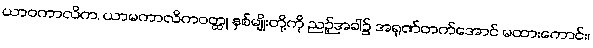
ယာဝကာလိက, ယာမကာလိကဝတ္ထု နှစ်မျိုးတို့ကို ညဉ့်အခါ၌ အရုဏ်တက်အောင် မထားကောင်း၊